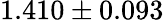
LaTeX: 1.410\pm 0.093